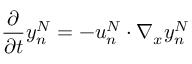
\frac { \partial } { \partial t } y _ { n } ^ { N } = - u _ { n } ^ { N } \cdot \nabla _ { x } y _ { n } ^ { N }